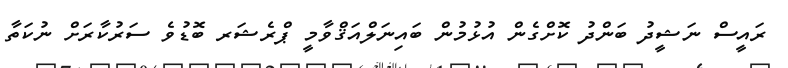
ރައީސް ނަޝީދު ބަންދު ކޮށްގެން އުޅުމުން ބައިނަލްއަޤްވާމީ ޕްރެޝަރ ބޮޑުވެ ސަރުކާރަށް ނުކަތާ